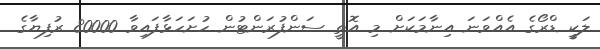
ލަކީ ޑްރޯގެ އެއްވަނަ އިނާމަކަށް މި އޮތީ ސަންފުރަންޓުން ހުށަހަޅާފައިވާ 80000 ރުފިޔާގެ